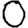
Digit: 0